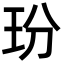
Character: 玢